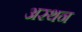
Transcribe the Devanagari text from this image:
अरथन